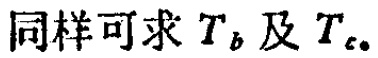
同样可求 \(T_{b}\) 及 \(T_{c}\)。